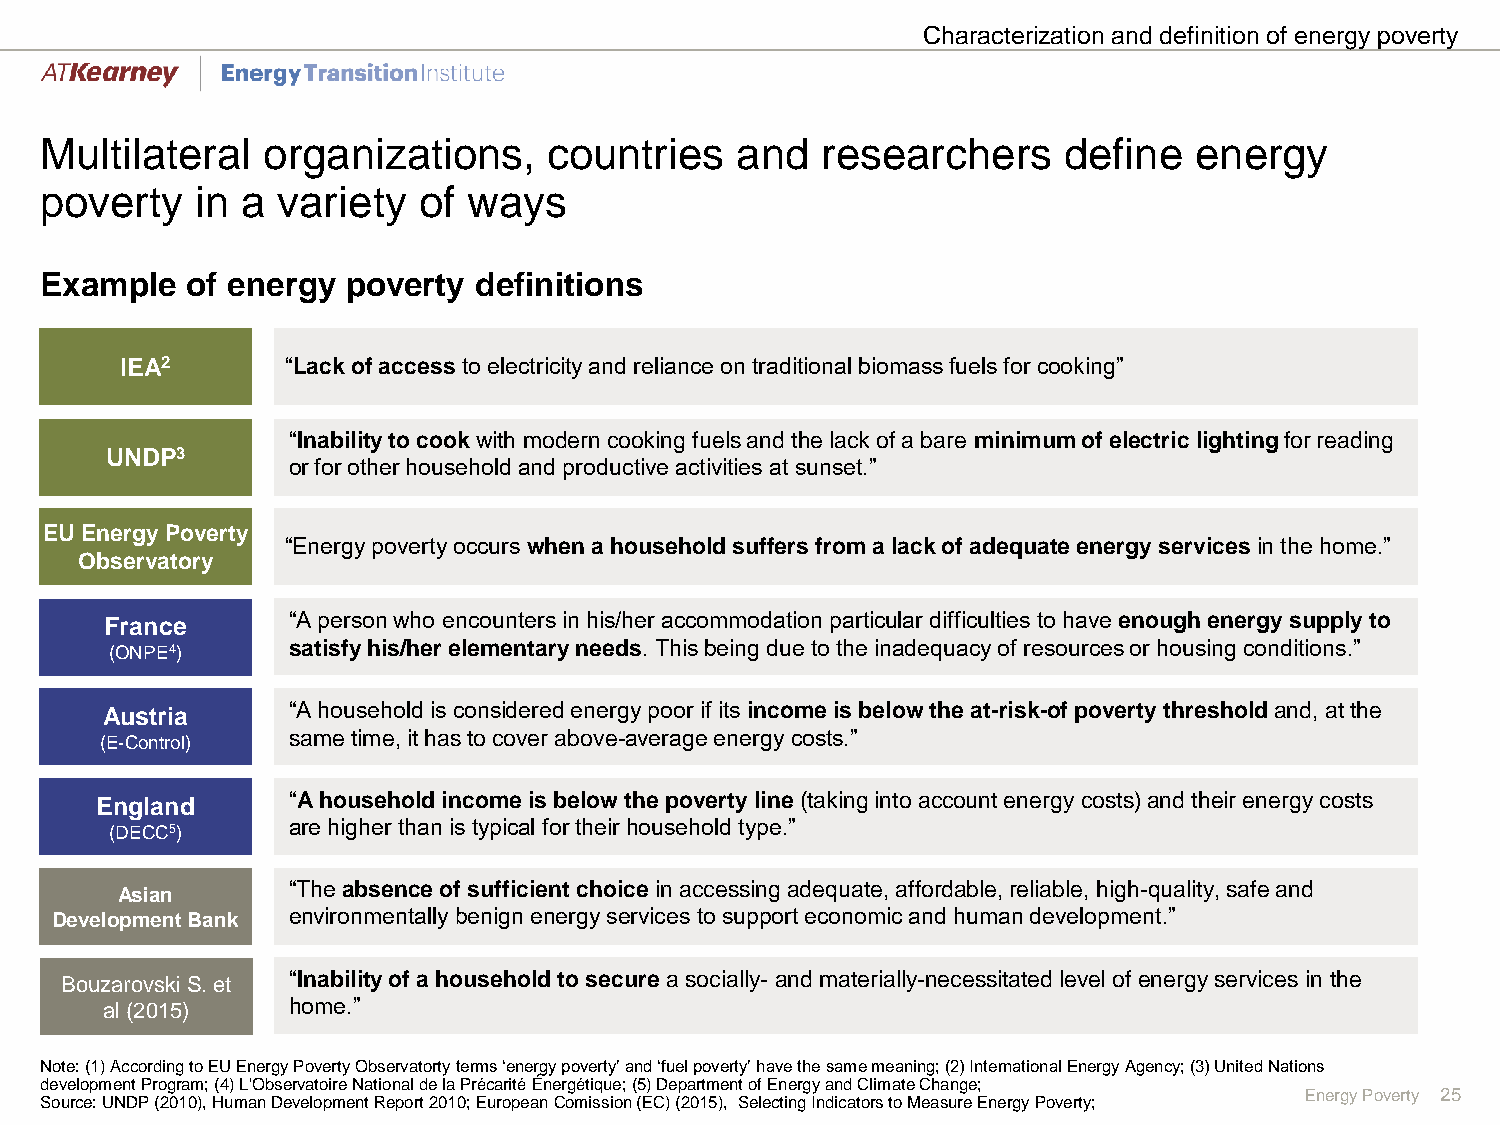
Characterization and definition of energy poverty
 Multilateral  organizations,     countries    and  researchers     define   energy
 poverty   in a variety   of ways
 Example  of energy  poverty definitions
 IEA2       “Lack of access to electricity and reliance on traditional biomass fuels for cooking”
 “Inability to cook with modern cooking fuels and the lack of a bare minimum of electric lighting for reading
 UNDP3
 or for other household and productive activities at sunset.”
 EU Energy Poverty
 “Energy poverty occurs when a household suffers from a lack of adequate energy services in the home.”
 Observatory
 France      “A person who encounters in his/her accommodation particular difficulties to have enough energy supply to
 (ONPE4)     satisfy his/her elementary needs. This being due to the inadequacy of resources or housing conditions.”
 Austria     “A household is considered energy poor if its income is below the at-risk-of poverty threshold and, at the
 same time, it has to cover above-average energy costs.”
 (E-Control)
 England      “A household income is below the poverty line (taking into account energy costs) and their energy costs
 (DECC5)     are higher than is typical for their household type.”
 Asian      “The absence of sufficient choice in accessing adequate, affordable, reliable, high-quality, safe and
 Development Bank environmentally benign energy services to support economic and human development.”
 BouzarovskiS. et “Inability of a household to securea socially- and materially-necessitated level of energy services in the
 al (2015)   home.”
 Note: (1) According to EU Energy Poverty Observatortyterms ‘energy poverty’ and ‘fuel poverty’ have the same meaning; (2) International Energy Agency; (3) United Nations
 development Program; (4) L'ObservatoireNational de la PrécaritéÉnergétique; (5) Department of Energy and Climate Change;
 Energy Poverty 25
 Source: UNDP (2010), Human Development Report 2010; European Comission(EC) (2015), Selecting Indicators to Measure Energy Poverty;